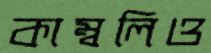
কাম্বলিও